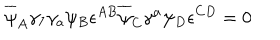
\overline { { { \psi } } } _ { A } \gamma _ { 7 } \gamma _ { a } \psi _ { B } \epsilon ^ { A B } \overline { { { \psi } } } _ { C } \gamma ^ { a } \psi _ { D } \epsilon ^ { C D } = 0